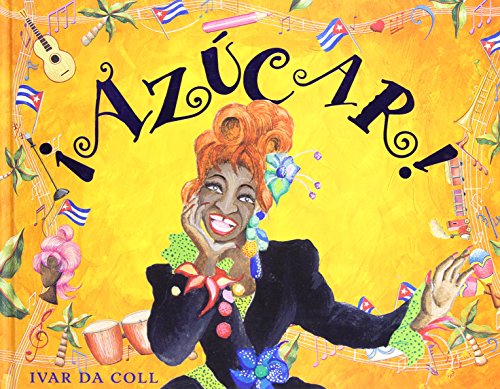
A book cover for Azucar (Spanish Edition); Ivar Da Coll; Children's Books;